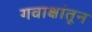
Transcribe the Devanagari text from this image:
गवाक्षांतून